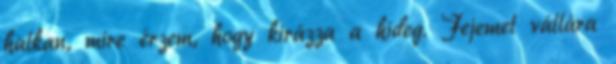
halkan, mire érzem, hogy kirázza a hideg. Fejemet vállára